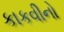
કાકવીનો